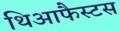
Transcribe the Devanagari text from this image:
थिआफैस्टस